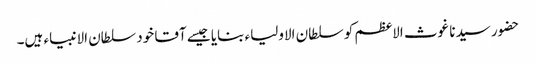
حضور سیدنا غوث الاعظم کو سلطان الاولیاء بنایا جیسے آقا خود سلطان الانبیاء ہیں۔